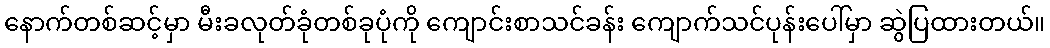
နောက်တစ်ဆင့်မှာ မီးခလုတ်ခုံတစ်ခုပုံကို ကျောင်းစာသင်ခန်း ကျောက်သင်ပုန်းပေါ်မှာ ဆွဲပြထားတယ်။